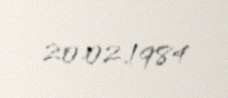
20.02.1984